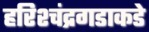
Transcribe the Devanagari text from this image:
हरिश्चंद्रगडाकडे